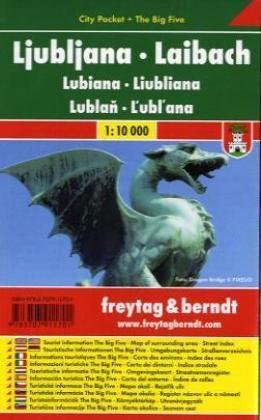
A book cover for Ljubljana City Pocket Map 1:10K (Slovenia) (English and German Edition); Freytag Berndt; Travel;